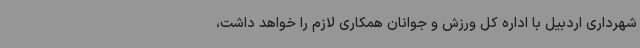
شهرداری اردبیل با اداره کل ورزش و جوانان همکاری لازم را خواهد داشت،